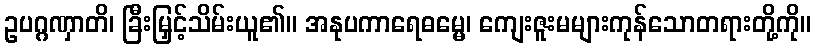
ဥပဂ္ဂဏှာတိ၊ ခြီးမြှင့်သိမ်းယူ၏။ အနုပကာရေဓမ္မေ၊ ကျေးဇူးမများကုန်သောတရားတို့ကို။